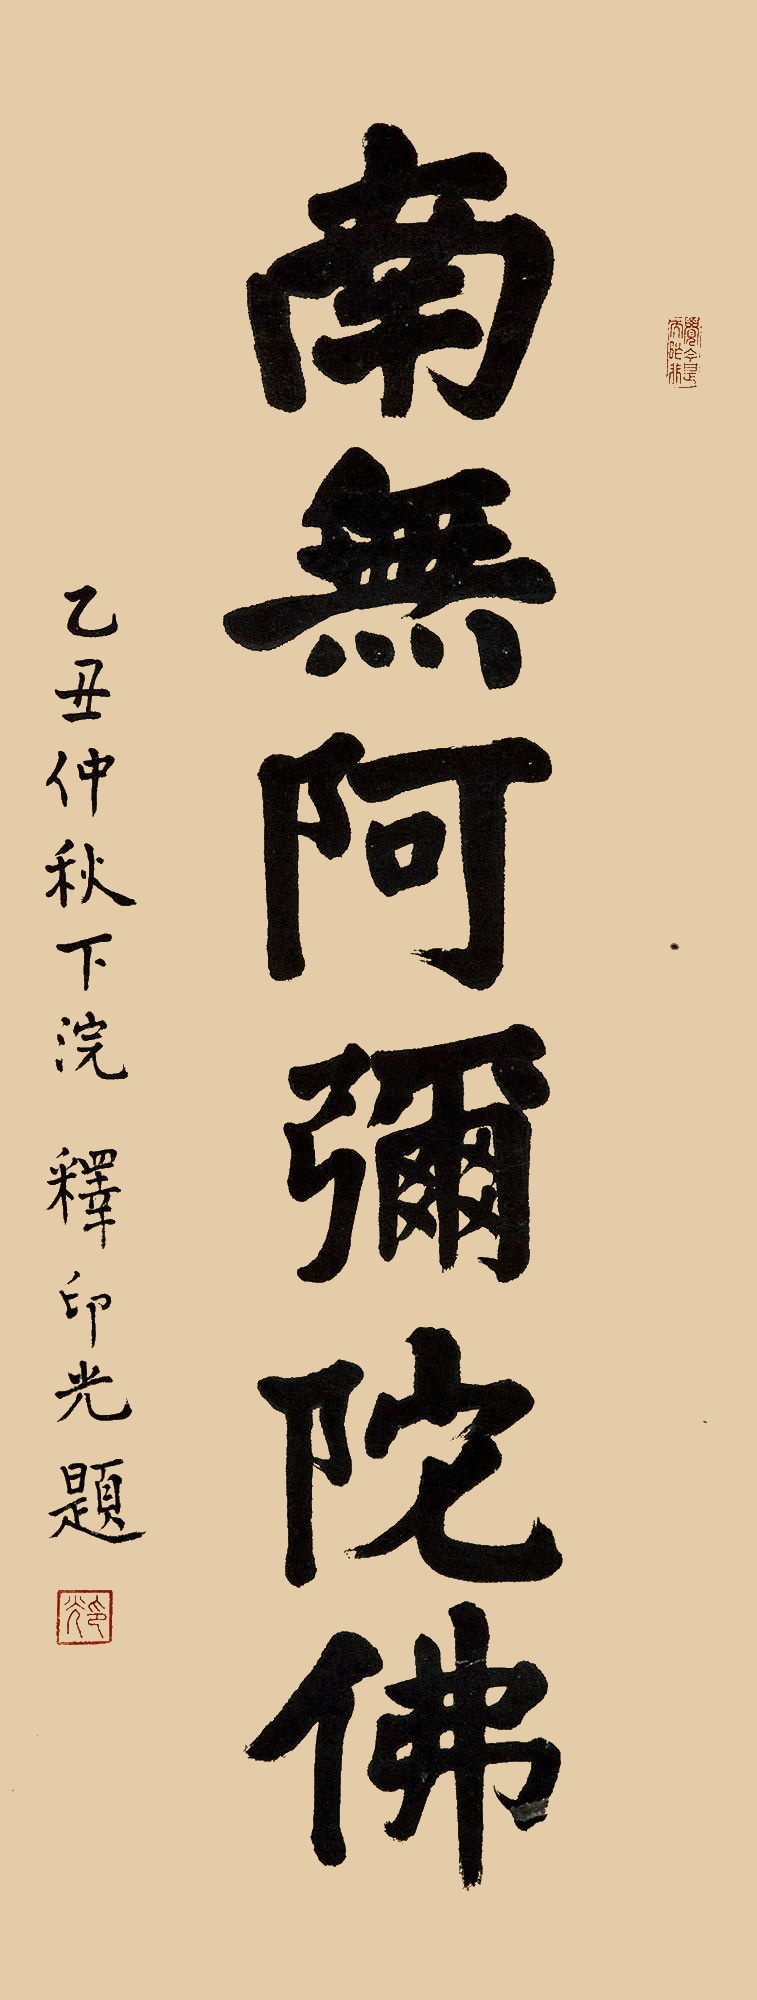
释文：南无阿弥陀佛乙丑仲秋下浣，释印光题